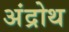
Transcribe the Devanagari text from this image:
अंद्रोथ